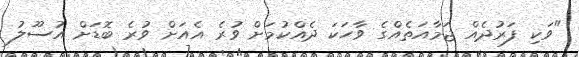
"ވަކި ފަރުދެއް ޖަމާއަތެއްގެ ވާހަކަ ދެއްކުމަށް ވުރެ އެއަށް ވުރެ ބޮޑަށް އުސޫލު